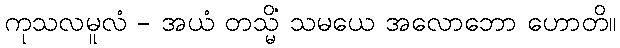
ကုသလမူလံ - အယံ တသ္မိံ သမယေ အလောဘော ဟောတိ။